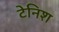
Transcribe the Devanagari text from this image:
टेनिश